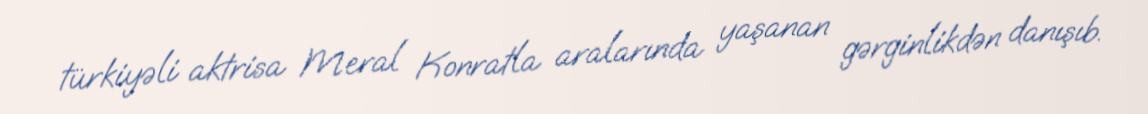
türkiyəli aktrisa Meral Konratla aralarında yaşanan gərginlikdən danışıb.